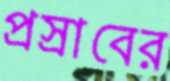
প্রস্রাবের